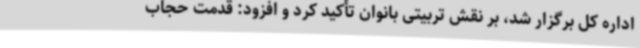
اداره کل برگزار شد، بر نقش تربیتی بانوان تأکید کرد و افزود: قدمت حجاب